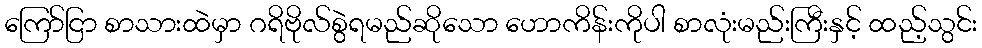
ကြော်ငြာ စာသားထဲမှာ ဂရိဗိုလ်စွဲရမည်ဆိုသော ဟောကိန်းကိုပါ စာလုံးမည်းကြီးနှင့် ထည့်သွင်း